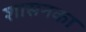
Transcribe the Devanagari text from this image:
शासनका